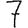
Digit: 7